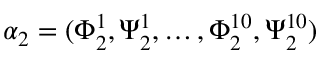
\alpha _ { 2 } = ( \Phi _ { 2 } ^ { 1 } , \Psi _ { 2 } ^ { 1 } , \dots , \Phi _ { 2 } ^ { 1 0 } , \Psi _ { 2 } ^ { 1 0 } )